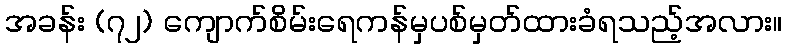
အခန်း (၇၂) ကျောက်စိမ်းရေကန်မှပစ်မှတ်ထားခံရသည့်အလား။